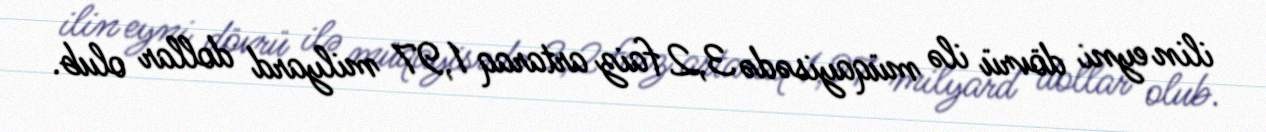
ilin eyni dövrü ilə müqayisədə 3,2 faiz artaraq 1,97 milyard dollar olub.